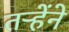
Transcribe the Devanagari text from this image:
तऱ्हेंने